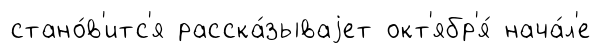
стано́в'итс'я расска́зываjет окт'ябр'я́ нача́л'е